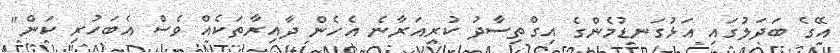
އޭގެ ބަދަލުގައި އަޅުގަނޑުމެންގެ އިގްތިސާދު ކުރިއަރާނެ އެހެން ދާއިރާތަކެއް ވެސް އެބަހުރި ކަން"